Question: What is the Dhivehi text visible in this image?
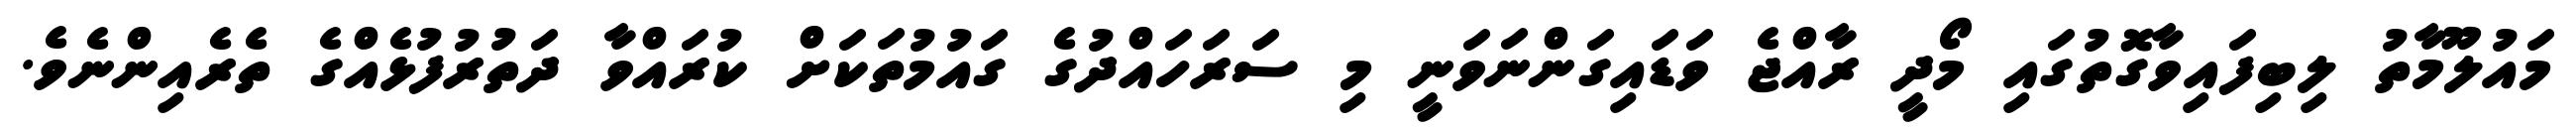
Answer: މައުލޫމާތު ލިބިފައިވާގޮތުގައި މޯދީ ރާއްޖެ ވަޑައިގަންނަވަނީ މި ސަރަހައްދުގެ ގައުމުތަކަށް ކުރައްވާ ދަތުރުފުޅެއްގެ ތެރެއިންނެވެ.